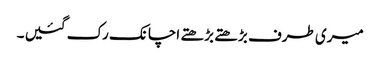
میری طرف بڑھتے بڑھتے اچانک رک گئیں ۔